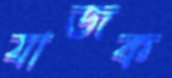
যাজক